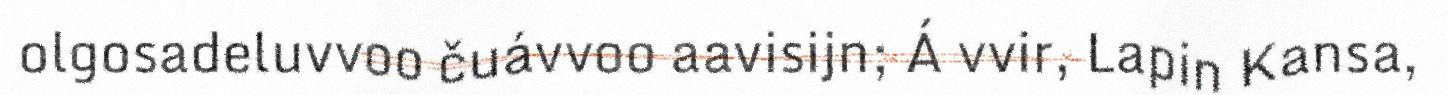
olgosadeluvvoo čuávvoo aavisijn; Á vvir, Lapin Kansa,